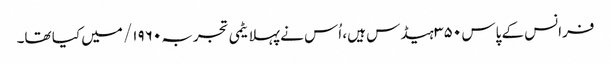
فرانس کے پاس ۳۵۰ ہیڈس ہیں، اُس نے پہلا یٹمی تجربہ ۱۹۶۰/ میں کیا تھا۔